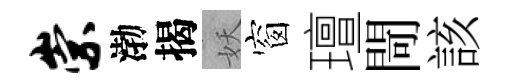
崇渤揭妖窗璮閜該